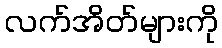
လက်အိတ်များကို